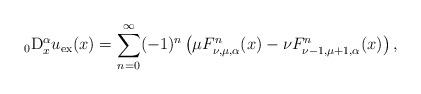
LaTeX: \begin{align*}_0{\rm D}_x^\alpha u_{\rm ex}(x) = \sum_{n=0}^\infty (-1)^n\left(\mu F^n_{\nu,\mu,\alpha}(x)- \nu F^n_{\nu-1,\mu+1,\alpha}(x) \right),\end{align*}